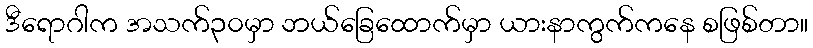
ဒီရောဂါက အသက်၃၀မှာ ဘယ်ခြေထောက်မှာ ယားနာကွက်ကနေ စဖြစ်တာ။